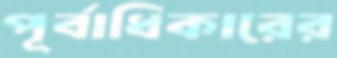
পূর্বাধিকারের